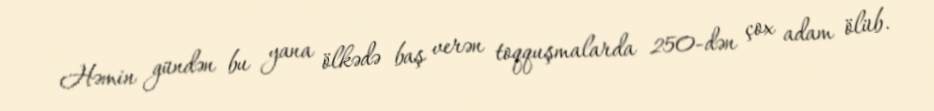
Həmin gündən bu yana ölkədə baş verən toqquşmalarda 250-dən çox adam ölüb.